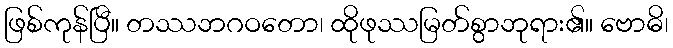
ဖြစ်ကုန်ပြီ။ တဿဘဂဝတော၊ ထိုဖုဿမြတ်စွာဘုရား၏။ ဗောဓိ၊